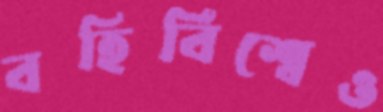
বহির্বিশ্বেও